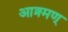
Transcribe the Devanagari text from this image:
आक्र्मण्